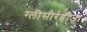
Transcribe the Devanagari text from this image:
ग्‍लीसीर्रहीजा